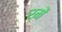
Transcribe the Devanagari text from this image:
र्में